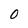
Character: O